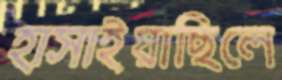
হাসাইয়াছিলে